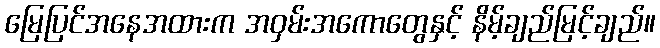
မြေပြင်အနေအထားက အဝှမ်းအကောတွေနှင့် နိမ့်ချည်မြင့်ချည်။